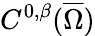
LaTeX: C^{0,\beta}({\overline{{\Omega}}})